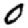
Digit: 0